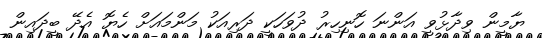
ޔާމީން ވިދާޅުވީ އަންނަ ހޮނިހިރު ދުވަހަކީ ދަރިއަކު މަންމައަށް ހެޔޮ އެދޭ ބީދައިން